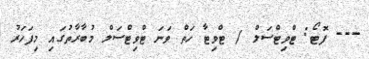
--- ފޮޓޯ: ޓްވިޓްސަލް / ޓްވިޓާ ހަތް ވަނަ ޓްވިޓްސަލް މުބާރާތުގައި މިފަހަރު